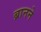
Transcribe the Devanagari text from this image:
ब्रानने